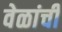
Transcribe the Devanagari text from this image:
वेळांची